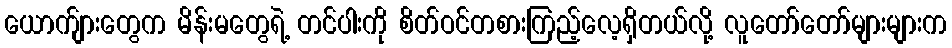
ယောက်ျားတွေက မိန်းမတွေရဲ့ တင်ပါးကို စိတ်ဝင်တစားကြည့်လေ့ရှိတယ်လို့ လူတော်တော်များများက